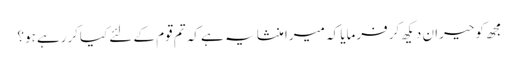
مجھ کو حیران دیکھ کر فرمایا کہ میرا منشا یہ ہے کہ تم قوم کے لئے کیاکررہے ہو؟